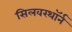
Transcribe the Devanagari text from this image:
सिलवरथॉर्न